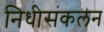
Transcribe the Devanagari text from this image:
निधीसंकलन